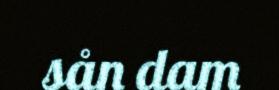
sån dam